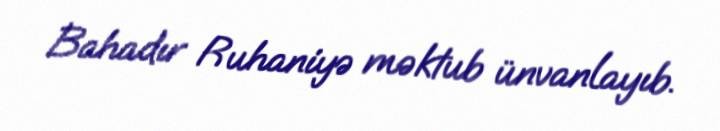
Bahadır Ruhaniyə məktub ünvanlayıb.